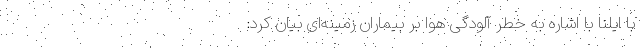
با ایلنا با اشاره به خطر آلودگی هوا بر بیماران زمینه‌ای بیان کرد: